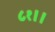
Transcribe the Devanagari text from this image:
८१।।